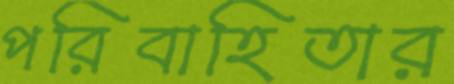
পরিবাহিতার